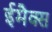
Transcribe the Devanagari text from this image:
ईमैक्स